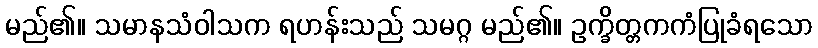
မည်၏။ သမာနသံဝါသက ရဟန်းသည် သမဂ္ဂ မည်၏။ ဥက္ခိတ္တကကံပြုခံရသော